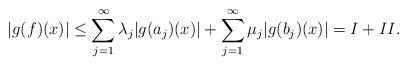
LaTeX: \begin{align*}\vert g(f)(x)\vert\leq\sum\limits_{j=1}^{\infty}\lambda_{j}\vert g(a_{j})(x)\vert+\sum\limits_{j=1}^{\infty}\mu_{j}\vert g(b_{j})(x)\vert=\uppercase\expandafter{\romannumeral1}+\uppercase\expandafter{\romannumeral2}.\end{align*}